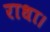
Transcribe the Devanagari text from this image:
राधा।